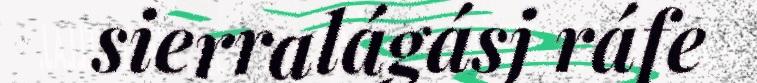
sierralágásj ráfe